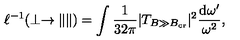
\ell ^ { - 1 } ( \perp \to \| \| ) = \int \frac { 1 } { 3 2 \pi } | T _ { B \gg B _ { \mathrm { c r } } } | ^ { 2 } \frac { \mathrm { d } \omega ^ { \prime } } { \omega ^ { 2 } } ,